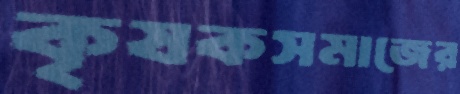
কৃষকসমাজের